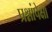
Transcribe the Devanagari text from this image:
प्रश्नांपेक्षा